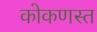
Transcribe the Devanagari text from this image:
कोकणस्त